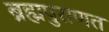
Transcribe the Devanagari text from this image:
ब्रह्मपुराणत